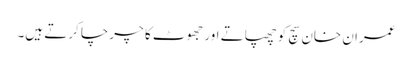
عمران خان سچ کو چھپاتے اور جھوٹ کا چرچا کرتے ہیں۔